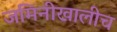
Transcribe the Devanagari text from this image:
जमिनीखालीच